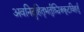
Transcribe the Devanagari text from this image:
अवनिदुहितृभर्तुश्चित्रकूटविहर्तु